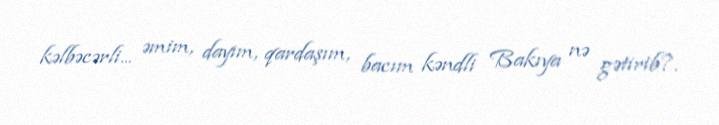
kəlbəcərli... əmim, dayım, qardaşım, bacım kəndli Bakıya nə gətirib?.